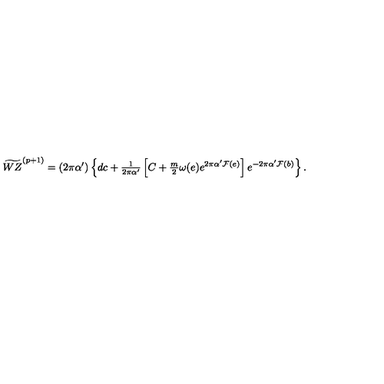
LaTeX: \widetilde { W Z } ^ { ( p + 1 ) } = ( 2 \pi \alpha ^ { \prime } ) \left\{ d c + { \textstyle \frac { 1 } { 2 \pi \alpha ^ { \prime } } } \left[ C + { \textstyle \frac { m } { 2 } } \omega ( e ) e ^ { 2 \pi \alpha ^ { \prime } { \cal F } ( e ) } \right] e ^ { - 2 \pi \alpha ^ { \prime } { \cal F } ( b ) } \right\} .